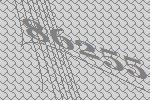
86255